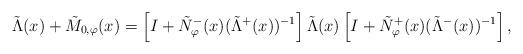
LaTeX: \begin{align*}\tilde{\Lambda}(x) + \tilde{M}_{0,\varphi}(x) = \left[I + \tilde{N}_{\varphi}^{-}(x) (\tilde{\Lambda}^{+}(x))^{-1}\right] \tilde{\Lambda}(x) \left[I + \tilde{N}_{\varphi}^{+}(x) (\tilde{\Lambda}^{-}(x))^{-1}\right],\end{align*}